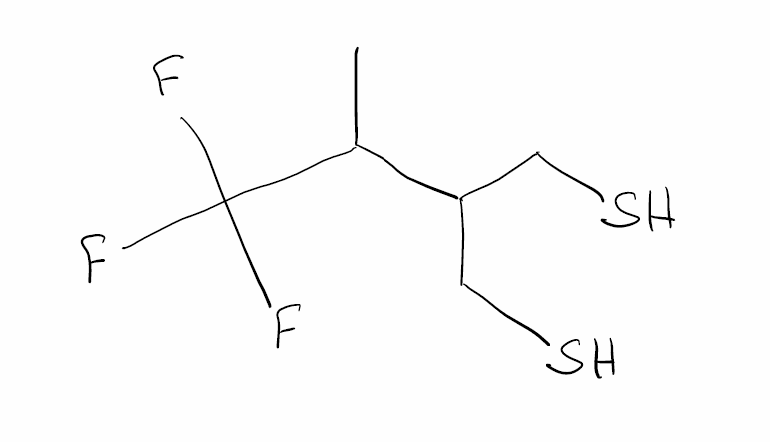
Simplified molecular-input line-entry system (SMILES) notation of the given molecule:
CC(C(CS)CS)C(F)(F)F